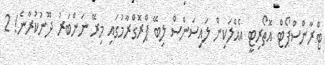
ޓްރާންސްޕޯޓް އޮތޯރިޓީ އެއްލަކިން ލައިސަންސް ލިބޭ ޕްރޮގްރާމުގައި މިރޭ ނަންބަރު ދޫނުކުރާނެ! 2